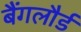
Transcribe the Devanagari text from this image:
बैंगलौर्ड